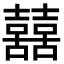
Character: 𡅕